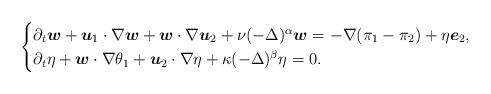
LaTeX: \begin{align*}\begin{cases}\partial_t\boldsymbol w + \boldsymbol u_1\cdot \nabla \boldsymbol w + \boldsymbol w \cdot \nabla \boldsymbol u_2 + \nu(-\Delta)^\alpha \boldsymbol w= -\nabla(\pi_1-\pi_2)+\eta \boldsymbol e_2, \\\partial_t \eta +\boldsymbol w\cdot \nabla \theta_1+ \boldsymbol u_2 \cdot \nabla \eta + \kappa(-\Delta)^{\beta}\eta = 0.\end{cases}\end{align*}